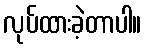
လုပ်ထားခဲ့တာပါ။